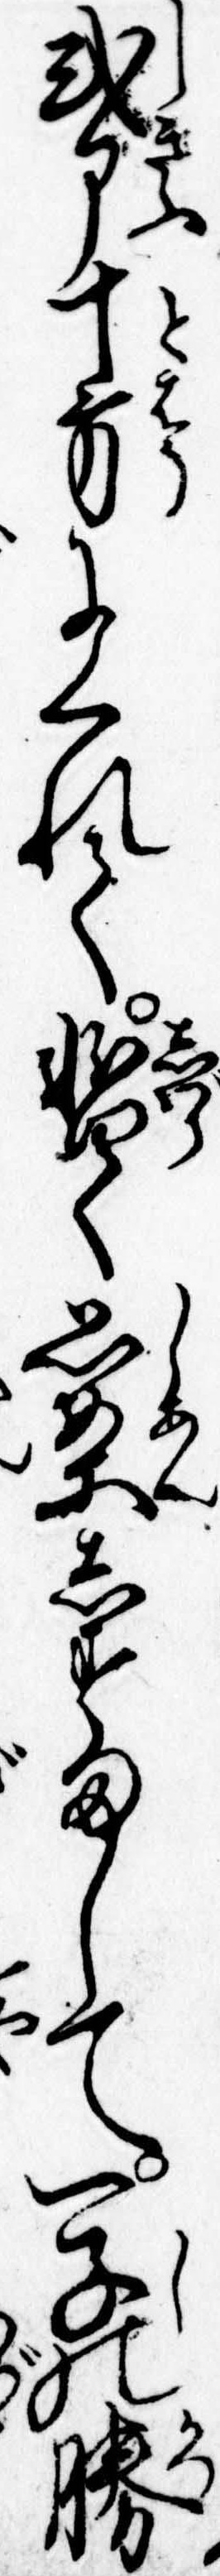
式部十方にくれて暫く思案しすまして一子の勝